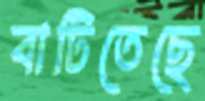
বাটিতেছে